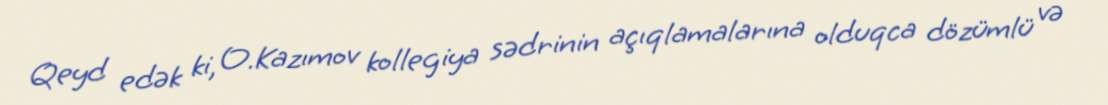
Qeyd edək ki, O.Kazımov kollegiya sədrinin açıqlamalarına olduqca dözümlü və